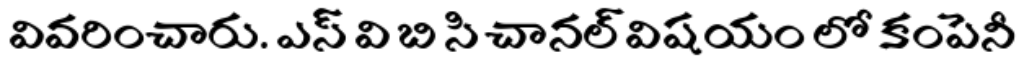
వివరించారు. ఎస్ వి బి సి చానల్ విషయం లో కంపెనీ